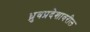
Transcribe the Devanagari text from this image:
ध्रुवप्रदेशावरील